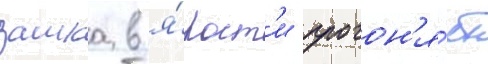
замка в я́рост'и прогон'я́ет